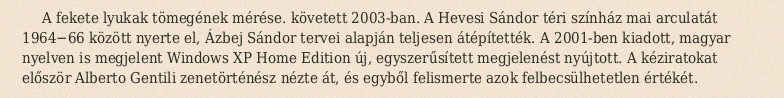
A fekete lyukak tömegének mérése. követett 2003-ban. A Hevesi Sándor téri színház mai arculatát 1964−66 között nyerte el, Ázbej Sándor tervei alapján teljesen átépítették. A 2001-ben kiadott, magyar nyelven is megjelent Windows XP Home Edition új, egyszerűsített megjelenést nyújtott. A kéziratokat először Alberto Gentili zenetörténész nézte át, és egyből felismerte azok felbecsülhetetlen értékét.